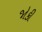
જોકી